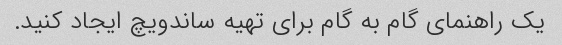
یک راهنمای گام به گام برای تهیه ساندویچ ایجاد کنید.